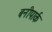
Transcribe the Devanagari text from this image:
बनीपार्क